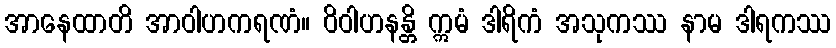
အာနေထာတိ အာဝါဟကရဏံ။ ဝိဝါဟနန္တိ ဣမံ ဒါရိကံ အသုကဿ နာမ ဒါရကဿ